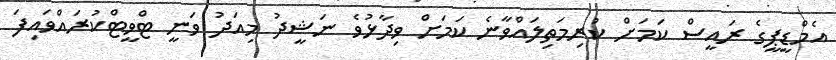
އެމްޑީޕީގެ ރައީސް ކަމަށް ކުރިމަތިލައްވާނެ ކަމަށް ވިދާޅުވެ ނަޝީދު މިއަދު ވަނީ ޓްވީޓްކުރައްވައިފަ